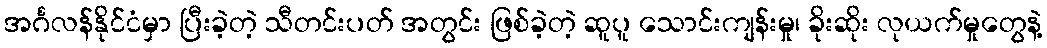
အင်္ဂလန်နိုင်ငံမှာ ပြီးခဲ့တဲ့ သီတင်းပတ် အတွင်း ဖြစ်ခဲ့တဲ့ ဆူပူ သောင်းကျန်းမှု၊ ခိုးဆိုး လုယက်မှုတွေနဲ့